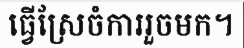
ធ្វើស្រែចំការរួចមក។